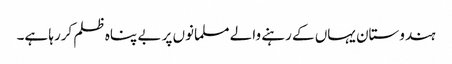
ہندوستان یہاں کے رہنے والے مسلمانوں پر بے پناہ ظلم کررہا ہے۔